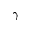
\gamma